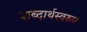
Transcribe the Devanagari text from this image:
शब्दार्थस्वरूप